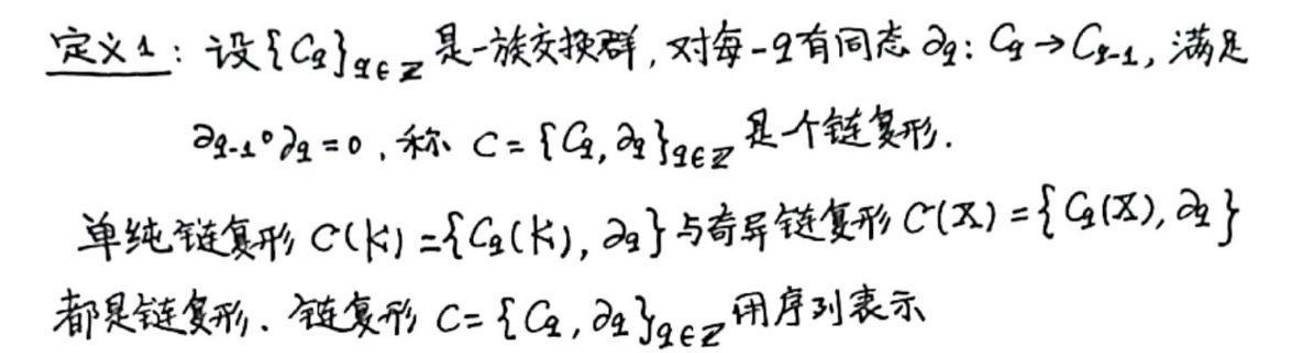
定义1：设$\{C_q\}_{q\in\mathbb{Z}}$是一族交换群，对每一$q$有同态$\partial_q:C_q\rightarrow C_{q - 1}$，满足

\[\partial_{q-1}\circ\partial_q = 0\]

称$C=\{C_q,\partial_q\}_{q\in\mathbb{Z}}$是一个链复形。

单纯链复形$C(K)=\{C_q(K),\partial_q\}$与奇异链复形$C(X)=\{C_q(X),\partial_q\}$都是链复形。链复形$C=\{C_q,\partial_q\}_{q\in\mathbb{Z}}$用序列表示